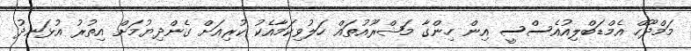
މަމްދޫހް އެމްޑަބްލިއުއެސްސީ އިން ހިންގާ މަޝްރޫއުތައް ހަލުވިކަމާއެކު ކުރިއަށް ގެންދިޔުމަށް އިތުރު އުޅަނދު